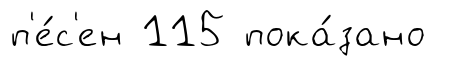
п'е́с'ен 115 пока́зано